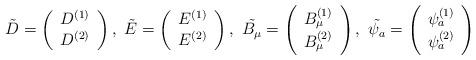
LaTeX: \begin{align*}\tilde{D}=\left( \begin{array}{c}D^{(1)} \\ D^{(2)}\end{array}\right),~\tilde{E}=\left( \begin{array}{c}E^{(1)} \\ E^{(2)}\end{array}\right),~\tilde{B_\mu}=\left( \begin{array}{c}B^{(1)}_\mu \\ B^{(2)}_\mu\end{array}\right),~\tilde{\psi_a}=\left( \begin{array}{c}\psi^{(1)}_a \\ \psi^{(2)}_a\end{array}\right)\end{align*}